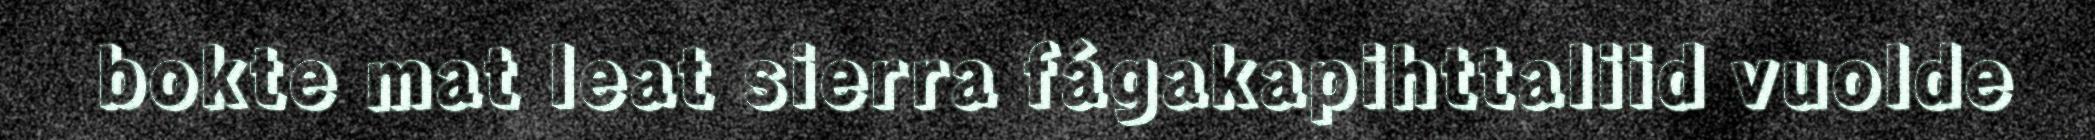
bokte mat leat sierra fágakapihttaliid vuolde